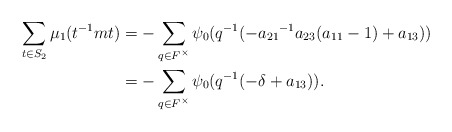
\begin{align*}\sum_{t \in S_{2}}\mu_1(t^{-1}mt)&= -\sum_{\substack{q \in F^{\times}}} \psi_0(q^{-1}(-{a_{21}}^{-1}a_{23}(a_{11}-1)+a_{13}))\\&= -\sum_{\substack{q \in F^{\times}}} \psi_{0}(q^{-1}(-\delta + a_{13})). \end{align*}